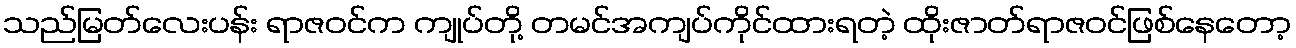
သည်မြတ်လေးပန်း ရာဇဝင်က ကျုပ်တို့ တမင်အကျပ်ကိုင်ထားရတဲ့ ထိုးဇာတ်ရာဇဝင်ဖြစ်နေတော့